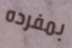
بمفرده